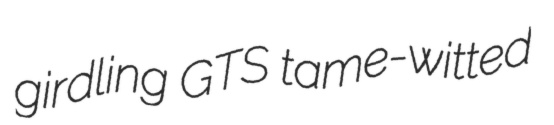
girdling GTS tame-witted